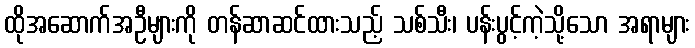
ထိုအဆောက်အဦများကို တန်ဆာဆင်ထားသည့် သစ်သီး၊ ပန်းပွင့်ကဲ့သို့သော အရာများ